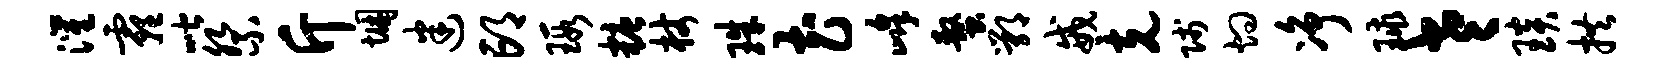
灌霾喈祭斤悃迷邙瑕糖杖珠花峰螯鄂戒克贱灼净球老琰拱